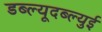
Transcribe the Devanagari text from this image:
डब्ल्यूदब्ल्युई